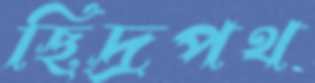
ছিদ্রপথ